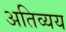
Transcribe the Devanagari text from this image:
अतिव्यय